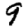
Digit: 9